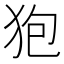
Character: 狍